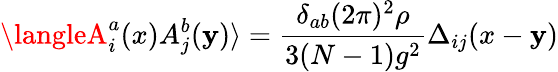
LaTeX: \langleA_{i}^{a}(x)A_{j}^{b}(\mathbf{y})\rangle=\frac{{\delta_{ab}(2\pi)^{2}\rho}}{{3(N-1)g^{2}}}\Delta_{ij}(x-\mathbf{y})